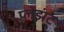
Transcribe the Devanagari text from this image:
प्लेझंट